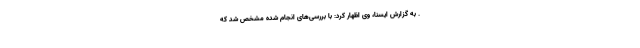
. به گزارش ایسنا، وی اظهار کرد: با بررسی‌های انجام شده مشخص شد که